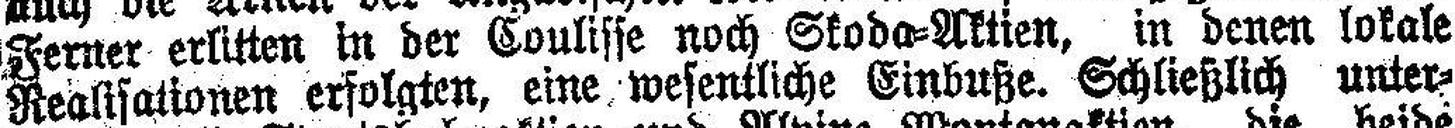
Ferner erlitten in der Coulisse noch Skoda=Aktien, in denen lokale